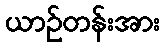
ယာဉ်တန်းအား